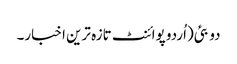
دو بئی(اُردو پوائنٹ تازہ ترین اخبار۔